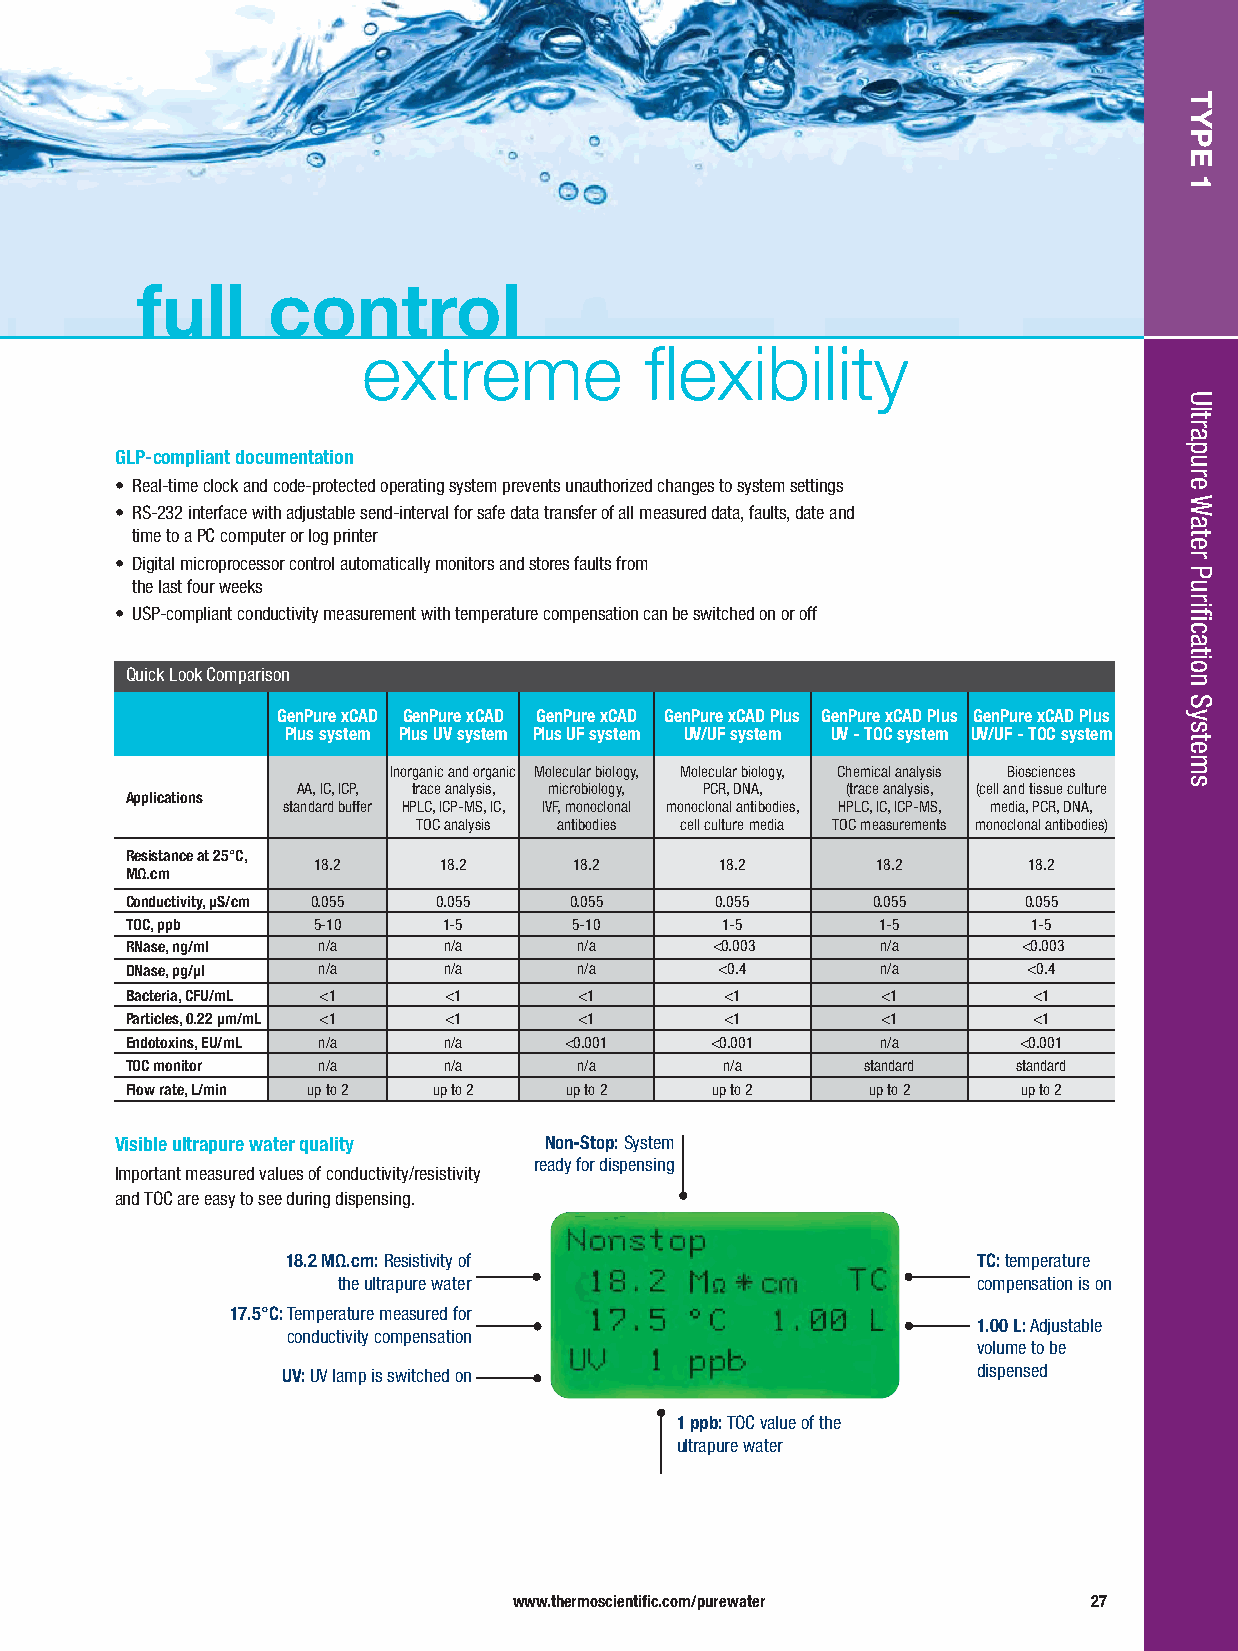
full     control
 extreme            flexibility
 GLP-compliant documentation
 • Real-time clock and code-protected operating system prevents unauthorized changes to system settings
 • RS-232 interface with adjustable send-interval for safe data transfer of all measured data, faults, date and
 time to a PC computer or log printer
 • Digital microprocessor control automatically monitors and stores faults from
 the last four weeks
 • USP-compliant conductivity measurement with temperature compensation can be switched on or off
 Quick Look Comparison
 GenPure xCAD GenPure xCAD GenPure xCAD GenPure xCAD Plus GenPure xCAD Plus GenPure xCAD Plus
 Plus system Plus UV system Plus UF system UV/UF system UV - TOC system UV/UF - TOC system
 Inorganic and organic Molecular biology, Molecular biology, Chemical analysis Biosciences
 AA, IC, ICP, trace analysis, microbiology, PCR, DNA, (trace analysis, (cell and tissue culture
 Applications
 standard buffer HPLC, ICP-MS, IC, IVF, monoclonal monoclonal antibodies, HPLC, IC, ICP-MS, media, PCR, DNA,
 TOC analysis antibodies cell culture media TOC measurements monoclonal antibodies)
 Resistance at 25°C,
 18.2    18.2     18.2      18.2      18.2      18.2
 MΩ.cm
 Conductivity, μS/cm 0.055 0.055 0.055  0.055      0.055     0.055
 TOC, ppb     5-10    1-5      5-10      1-5       1-5       1-5
 RNase, ng/ml n/a     n/a      n/a      <0.003     n/a       <0.003
 DNase, pg/μl n/a     n/a      n/a       <0.4      n/a       <0.4
 Bacteria, CFU/mL <1  <1       <1        <1        <1        <1
 Particles, 0.22 μm/mL <1 <1   <1        <1        <1        <1
 Endotoxins, EU/mL n/a n/a    <0.001    <0.001     n/a      <0.001
 TOC monitor  n/a     n/a      n/a       n/a      standard  standard
 Flow rate, L/min up to 2 up to 2 up to 2 up to 2 up to 2    up to 2
 Visible ultrapure water quality Non-Stop: System
 ready for dispensing
 Important measured values of conductivity/resistivity
 and TOC are easy to see during dispensing.
 18.2 MΩ.cm: Resistivity of                    TC:temperature
 the ultrapure water                        compensation is on
 17.5°C:Temperature measured for
 1.00 L:Adjustable
 conductivity compensation
 volume to be
 UV: UV lamp is switched on                    dispensed
 1 ppb: TOC value of the
 ultrapure water
 www.thermoscientific.com/purewater    27
 TYPE
 1
 Ultrapure
 Water
 Purification
 Systems